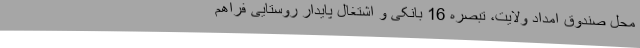
محل صندوق امداد ولایت، تبصره 16 بانکی و اشتغال پایدار روستایی فراهم